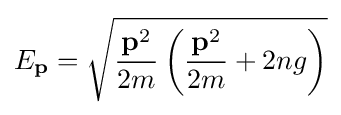
E_{\mathbf {p} }={\sqrt {{\frac {\mathbf {p} ^{2}}{2m}}\left({\frac {\mathbf {p} ^{2}}{2m}}+2ng\right)}}